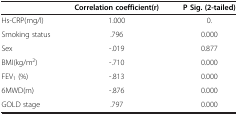
<table><thead><tr><td>[EMPTY_CELL]</td><td><b>Correlation coefficient(r)</b></td><td><b>P Sig. (2-tailed)</b></td></tr></thead><tbody><tr><td>Hs-CRP(mg/l)</td><td>1.000</td><td>0.</td></tr><tr><td>Smoking status</td><td>.796</td><td>0.000</td></tr><tr><td>Sex</td><td>-.019</td><td>0.877</td></tr><tr><td>BMI(kg/m<sup>2</sup>)</td><td>-.710</td><td>0.000</td></tr><tr><td>FEV<sub>1</sub> (%)</td><td>-.813</td><td>0.000</td></tr><tr><td>6MWD(m)</td><td>-.876</td><td>0.000</td></tr><tr><td>GOLD stage</td><td>.797</td><td>0.000</td></tr></tbody></table>